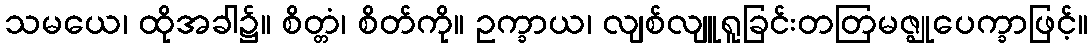
သမယေ၊ ထိုအခါ၌။ စိတ္တံ၊ စိတ်ကို။ ဥက္ခာယ၊ လျစ်လျူရူခြင်းတတြမဇ္ဈုပေက္ခာဖြင့်။